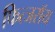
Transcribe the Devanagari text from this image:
फित्जरॉय